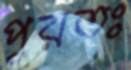
পুরতঃ